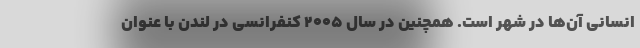
انسانی آن‌ها در شهر است. همچنین در سال ۲۰۰۵ کنفرانسی در لندن با عنوان